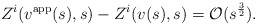
\begin{align*} Z^i(v^\mathrm{app}(s),s)-Z^i(v(s),s) = \mathcal O(s^\frac 32).\end{align*}